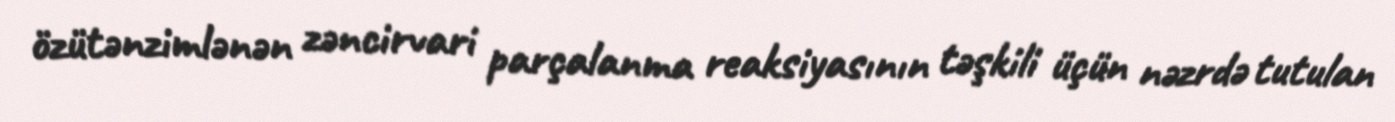
özütənzimlənən zəncirvari parçalanma reaksiyasının təşkili üçün nəzrdə tutulan